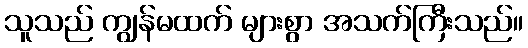
သူသည် ကျွန်မထက် များစွာ အသက်ကြီးသည်။